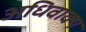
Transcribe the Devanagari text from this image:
अधिवाक्य